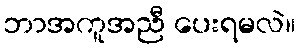
ဘာအကူအညီ ပေးရမလဲ။